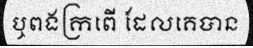
ឬពងក្រពើ ដែលគេបាន